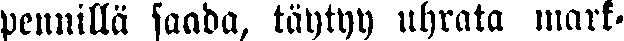
pennillä saada, täytyy uhrata mark-